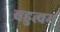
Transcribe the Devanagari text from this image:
बहुत्वम्